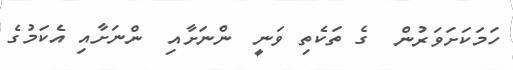
ހަމަކަށަވަރުން  ގެ ތަކެތި ވަނީ  ންނަށާއި  ންނަށާއި އެކަމުގެ